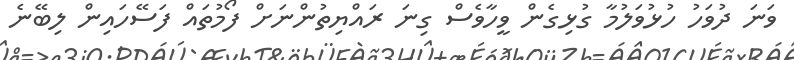
ވަނަ ދުވަހު ހުޅުވަލުމާ ގުޅިގެން ވީހާވެސް ގިނަ ރައްޔިތުންނަށް ފޯމުތައް ފަސޭހައިން ލިބޭނެ